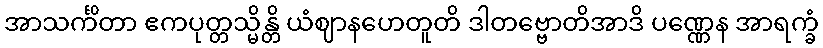
အာသင်္ကိတာ ဧကပုတ္တသ္မိန္တိ ယံဈာနဟေတူတိ ဒါတဗ္ဗောတိအာဒိ ပဏ္ဏေန အာရက္ခံ